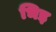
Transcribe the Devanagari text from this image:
भिइ